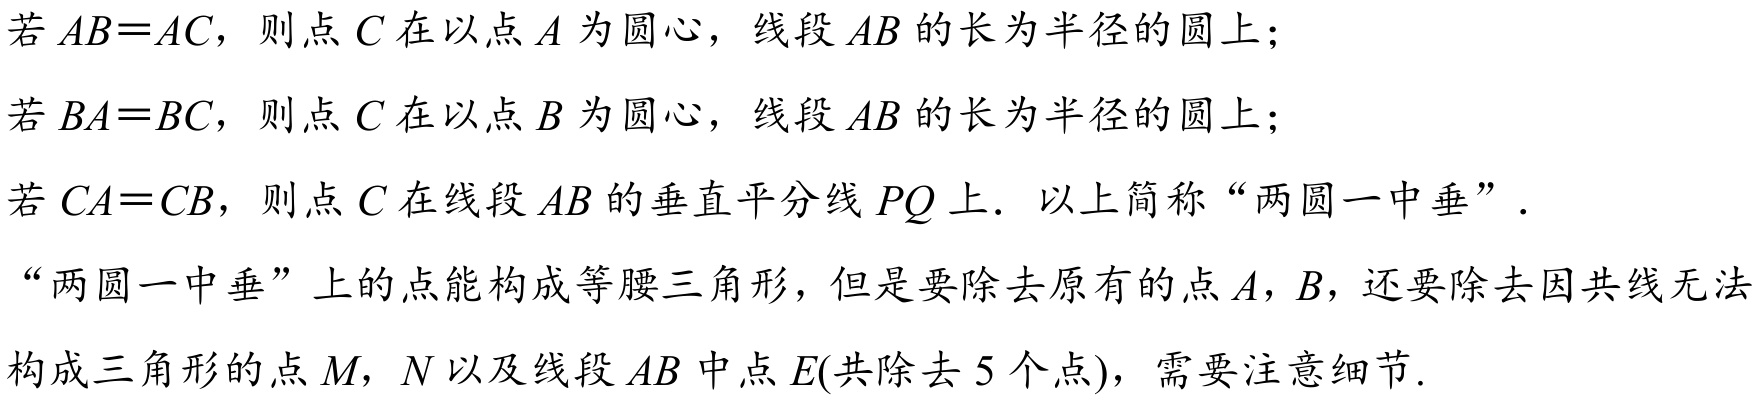
若 \(AB = AC\)，则点 \(C\) 在以点 \(A\) 为圆心，线段 \(AB\) 的长为半径的圆上；
若 \(BA = BC\)，则点 \(C\) 在以点 \(B\) 为圆心，线段 \(AB\) 的长为半径的圆上；
若 \(CA = CB\)，则点 \(C\) 在线段 \(AB\) 的垂直平分线 \(PQ\) 上. 以上简称“两圆一中垂”.
“两圆一中垂”上的点能构成等腰三角形，但是要除去原有的点 \(A\)，\(B\)，还要除去因共线无法
构成三角形的点 \(M\)，\(N\) 以及线段 \(AB\) 中点 \(E\)(共除去 \(5\) 个点)，需要注意细节.